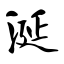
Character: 涎